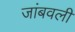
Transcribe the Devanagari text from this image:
जांबवली